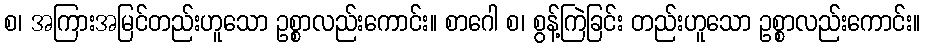
စ၊ အကြားအမြင်တည်းဟူသော ဥစ္စာလည်းကောင်း။ စာဂေါ စ၊ စွန့်ကြဲခြင်း တည်းဟူသော ဥစ္စာလည်းကောင်း။